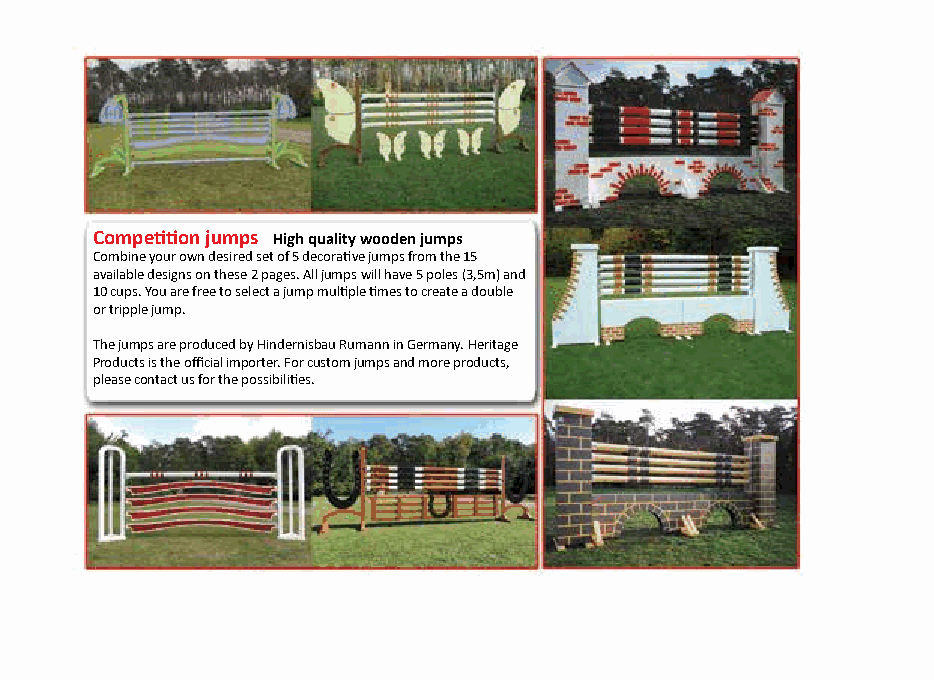
Competition jumps High quality wooden jumps
 Combine your own desired set of 5 decorative jumps from the 15
 available designs on these 2 pages. All jumps will have 5 poles (3,5m) and
 10 cups. You are free to select a jump multiple times to create a double
 or tripple jump.
 The jumps are produced by Hindernisbau Rumann in Germany. Heritage
 Products is the official importer. For custom jumps and more products,
 please contact us for the possibilities.